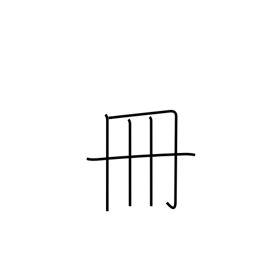
Meaning: volume